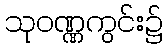
သုဝဏ္ဏကွင်း၌